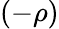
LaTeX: (-\rho)